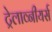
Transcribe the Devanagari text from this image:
ट्रेलाव्नीयर्स